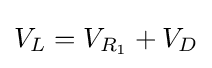
V_{L}=V_{R_{1}}+V_{D}